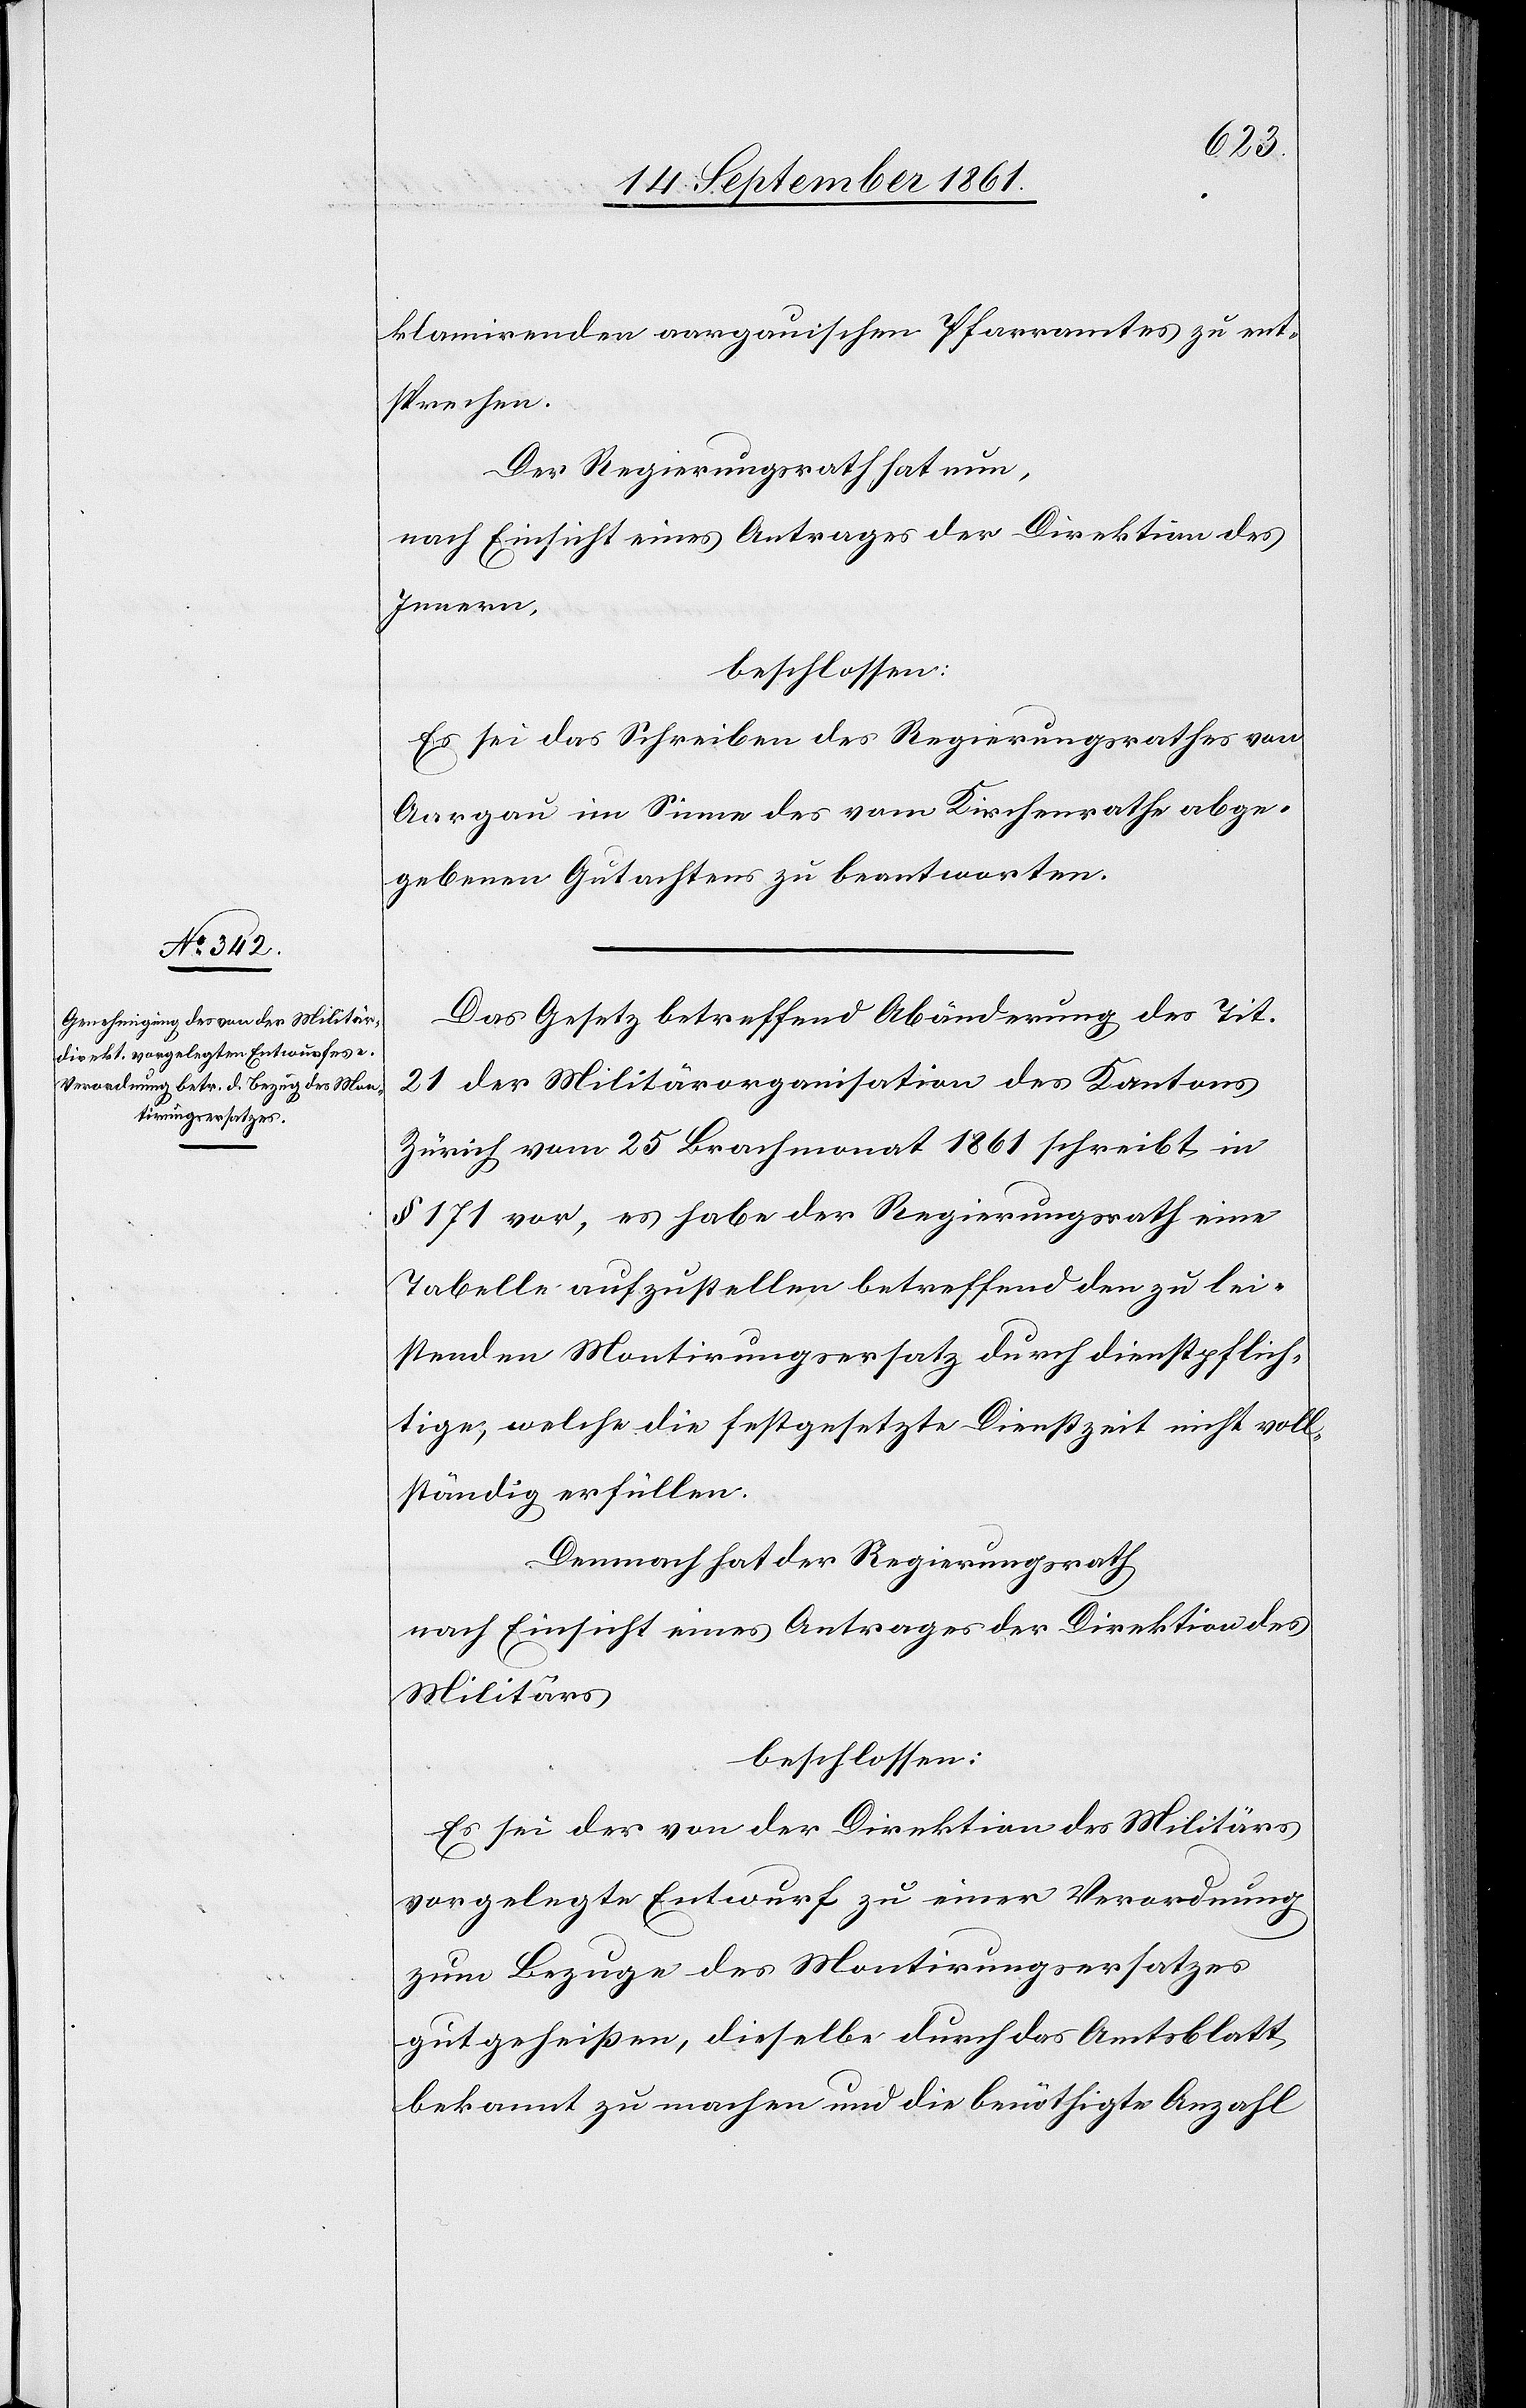
klamirenden aargauischen Pfarramtes zu ent¬
sprechen.
Der Regierungsrath hat nun,
nach Einsicht eines Antrages der Direktion des
Innern,
beschlossen:
Es sei das Schreiben des Regierungsrathes von
Aargau im Sinne des vom Kirchenrathe abge¬
gebenen Gutachtens zu beantworten.
Das Gesetz betreffend Abänderung des Tit.
21 der Militärorganisation des Kantons
Zürich vom 25 Brachmonat 1861 schreibt in
§ 171 vor, es habe der Regierungsrath eine
Tabelle aufzustellen betreffend den zu lei¬
stenden Montirungsersatz durch dienstpflich¬
tige, welche die festgesetzte Dienstzeit nicht voll¬
ständig erfüllen.
Demnach hat der Regierungsrath
nach Einsicht eines Antrages der Direktion des
Militärs,
beschlossen:
Es sei der von der Direktion des Militärs
vorgelegte Entwurf zu einer Verordnung
zum Bezuge des Montirungsersatzes
gutgeheißen, dieselbe durch das Amtsblatt
bekannt zu machen und die benöthigte Anzahl